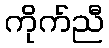
ကိုက်ညီ